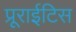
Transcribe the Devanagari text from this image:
प्रूराईटिस